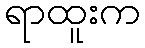
ရာထူးက